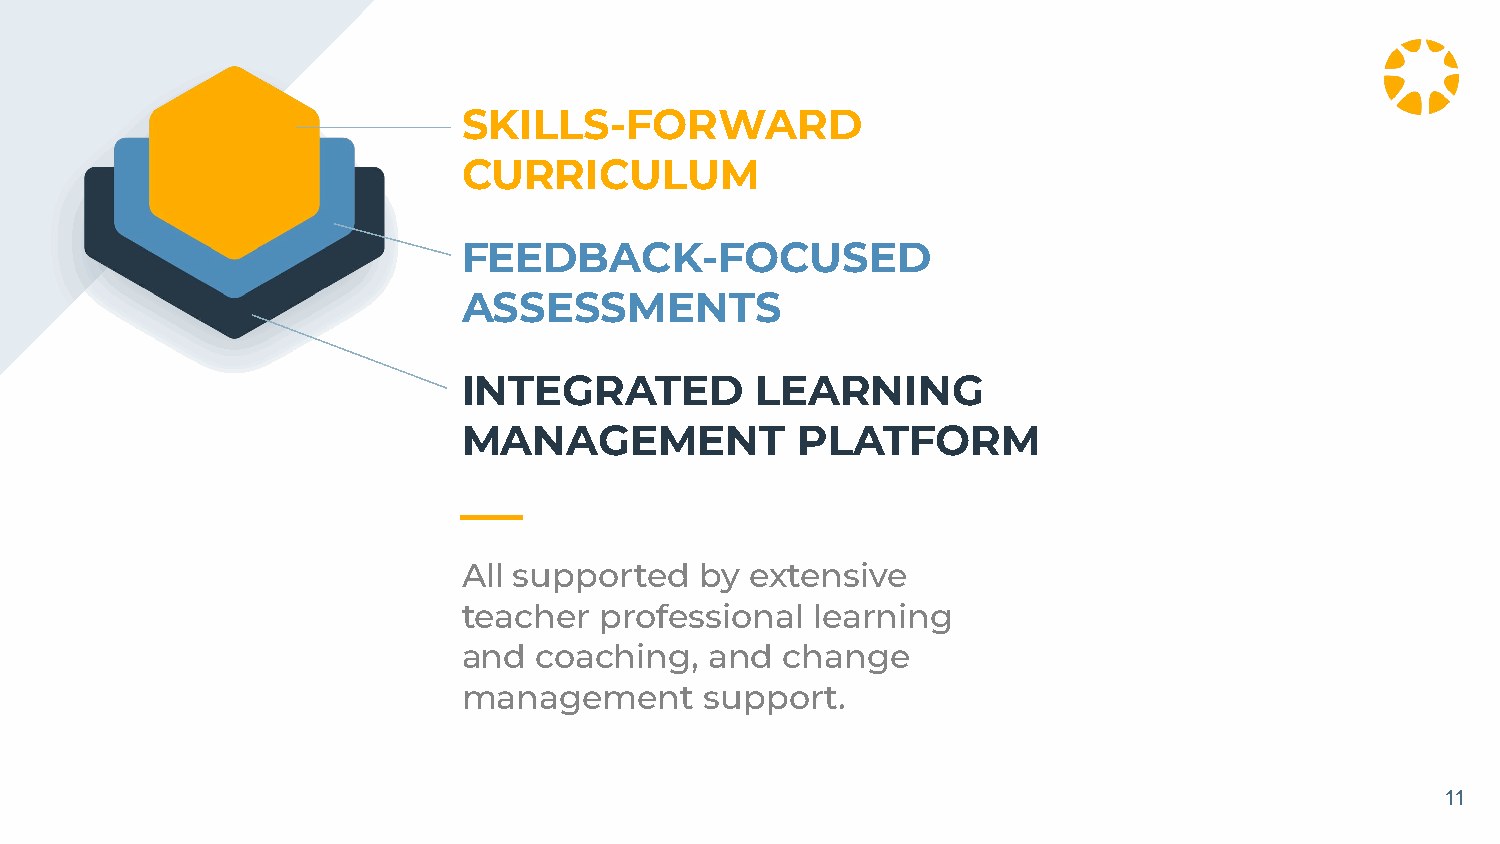
SKILLS-FORWARD
 CURRICULUM
 FEEDBACK-FOCUSED
 ASSESSMENTS
 INTEGRATED         LEARNING
 MANAGEMENT            PLATFORM
 All supported  by  extensive
 teacher  professional  learning
 and coaching,   and  change
 management      support.
 11